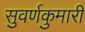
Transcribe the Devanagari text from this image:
सुवर्णकुमारी